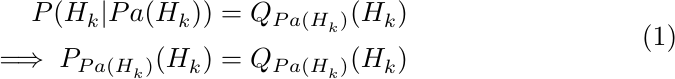
\begin{equation}
\label{appex:eq-root-h-node-1}
\begin{split}
       P(H_k^{}|Pa(H_k^{})) &= Q_{Pa(H_k^{})}(H_k^{})\\
   \implies P_{Pa(H_k^{})}(H_k^{})&=  Q_{Pa(H_k^{})}(H_k^{})
\end{split}
\end{equation}